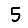
Digit: 5